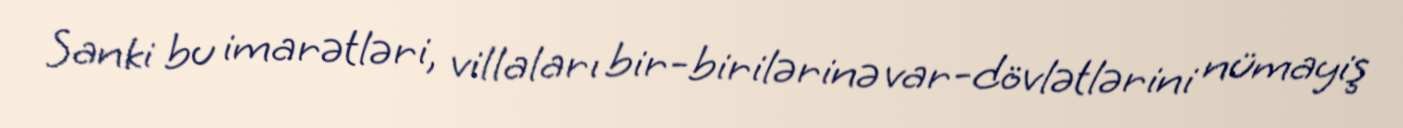
Sanki bu imarətləri, villaları bir-birilərinə var-dövlətlərini nümayiş